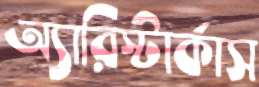
অ্যারিস্টার্কাস